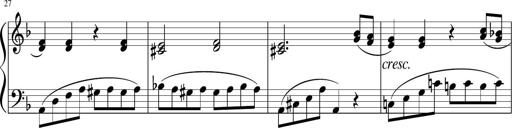
Title: 3 Sonatinen
Composer: Heinrich Lichner